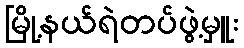
မြို့နယ်ရဲတပ်ဖွဲ့မှူး